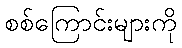
စစ်ကြောင်းများကို